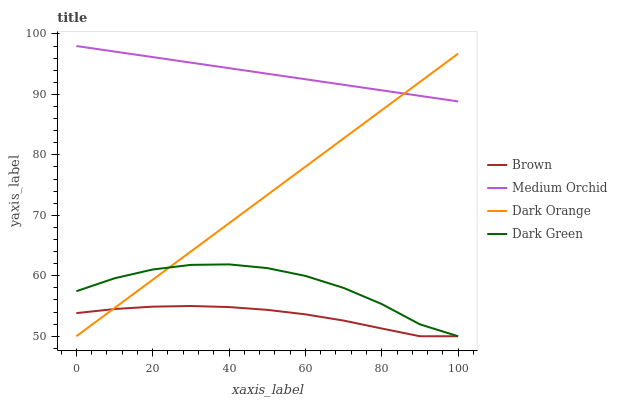
| xaxis_label | Brown | Medium Orchid | Dark Orange | Dark Green |
 | --- | --- | --- | --- | --- |
 | 0 | 53.8 | 98 | 50 | 57.4 |
 | 10 | 54.5 | 97.1 | 54.7 | 59.6 |
 | 20 | 54.9 | 96.2 | 59.3 | 61 |
 | 30 | 55 | 95.3 | 64 | 61.8 |
 | 40 | 54.8 | 94.3 | 68.7 | 61.9 |
 | 50 | 54.4 | 93.4 | 73.4 | 61.3 |
 | 60 | 53.6 | 92.5 | 78 | 60 |
 | 70 | 52.6 | 91.6 | 82.7 | 58 |
 | 80 | 51.3 | 90.7 | 87.4 | 55.3 |
 | 90 | 50 | 89.8 | 92.1 | 52 |
 | 100 | 50 | 88.8 | 96.7 | 50 |